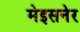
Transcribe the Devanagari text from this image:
मेइसनेर